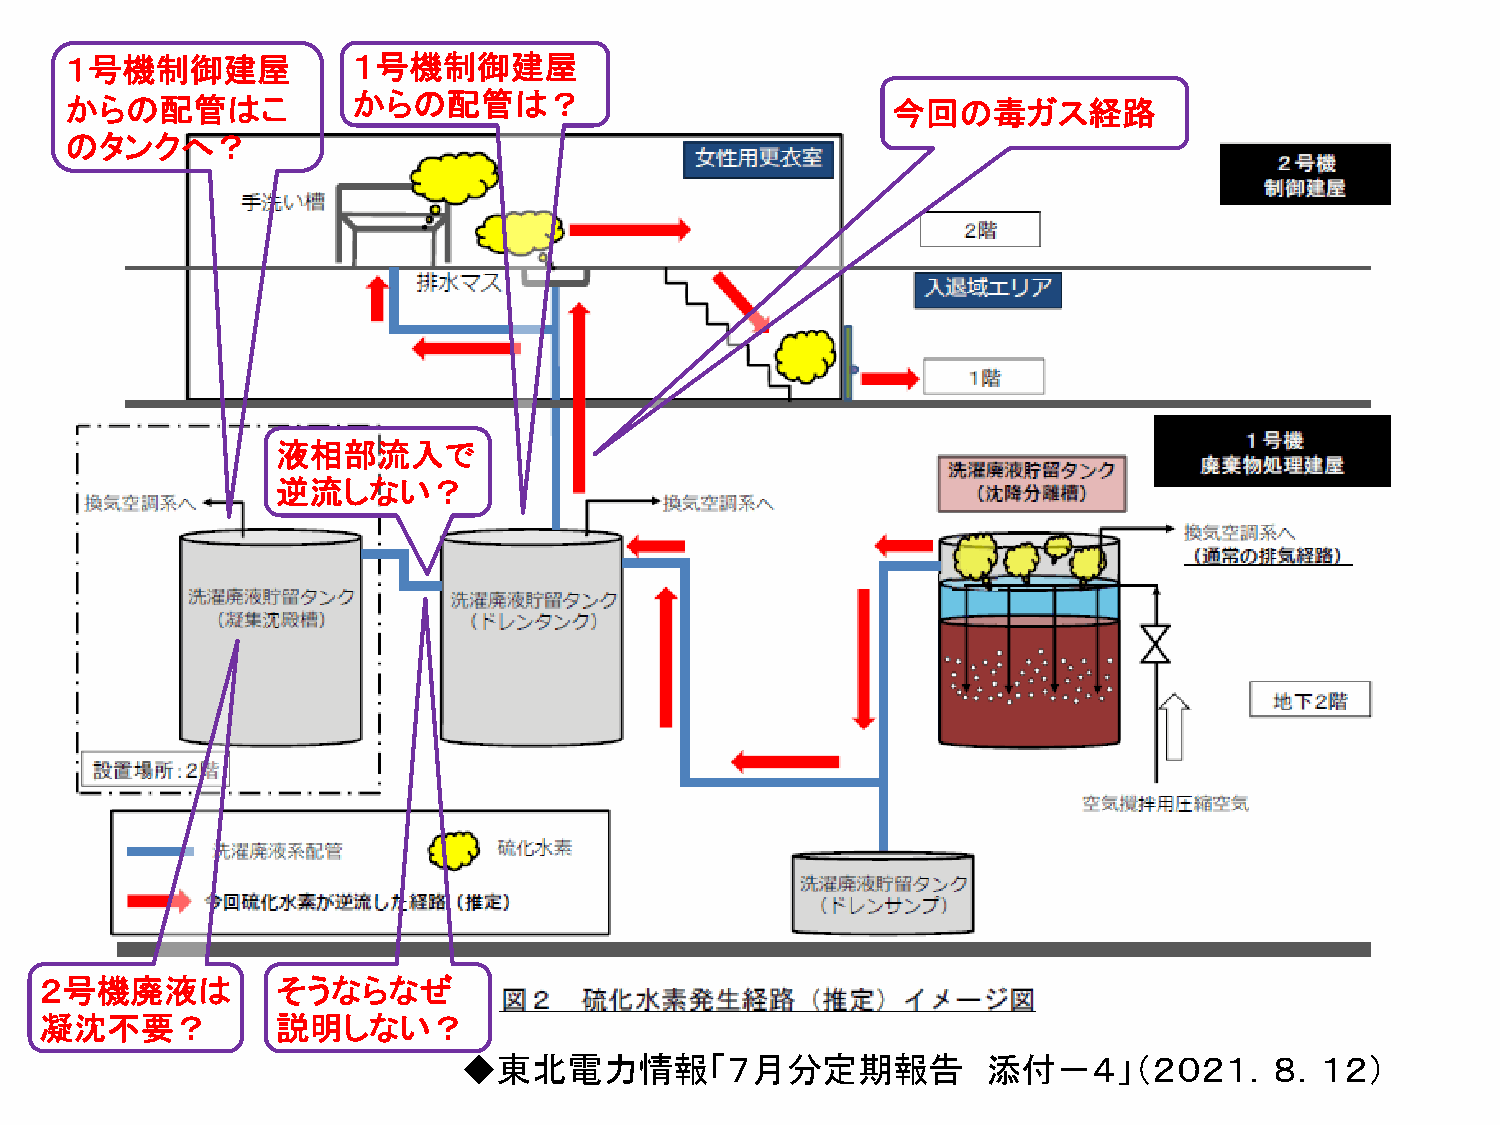
１号機制御建屋            １号機制御建屋
 からの配管はこ            からの配管は？                             今回の毒ガス経路
 のタンクへ？
 液相部流入で
 逆流しない？
 ２号機廃液は         そうならなぜ
 凝沈不要？          説明しない？
 ◆東北電力情報「７月分定期報告                    添付－４」（２０２１．８．１２）